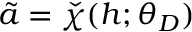
\tilde { a } = \check { \chi } ( h ; \theta _ { D } )